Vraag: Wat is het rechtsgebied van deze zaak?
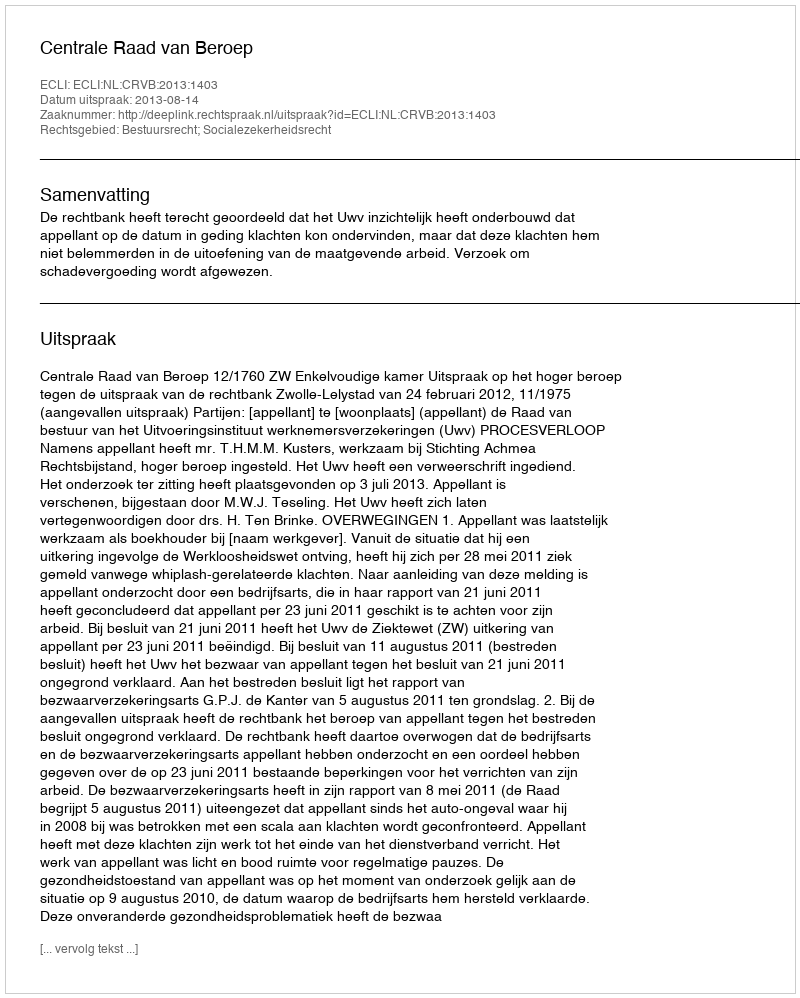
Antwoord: Bestuursrecht; Socialezekerheidsrecht